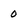
Character: 0